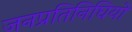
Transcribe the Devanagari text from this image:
जनप्रतिनिघियों